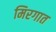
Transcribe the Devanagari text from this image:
मिरगात